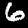
Digit: 6